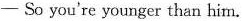
——So you're younger than him.